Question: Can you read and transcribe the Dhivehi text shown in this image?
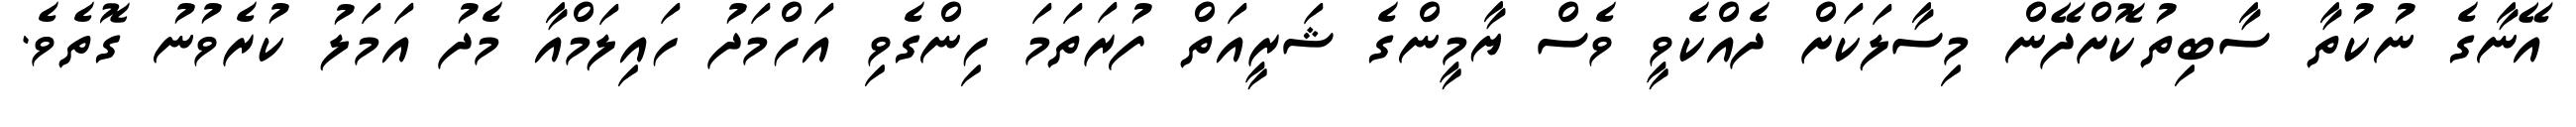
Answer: އޭނާގެ ނުކުތާ ސާބިތުކޮށްދޭން މިސާލަކަށް ދެއްކެވީ ވެސް ޔާމީންގެ ޝަރީއަތް ފުރަތަމަ ހިންގެވި އަހްމަދު ހައިލަމްއާ މެދު އަމަލު ކުރެވުނު ގޮތެވެ.